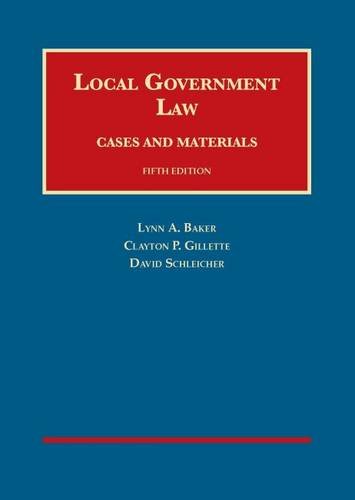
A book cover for Local Government Law (University Casebook Series); Lynn Baker; Law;